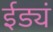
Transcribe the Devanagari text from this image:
ईड्यं